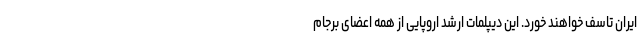
ایران تاسف خواهند خورد. این دیپلمات ارشد اروپایی از همه اعضای برجام